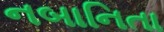
નબાનિતા